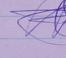
Signature authenticity: genuine